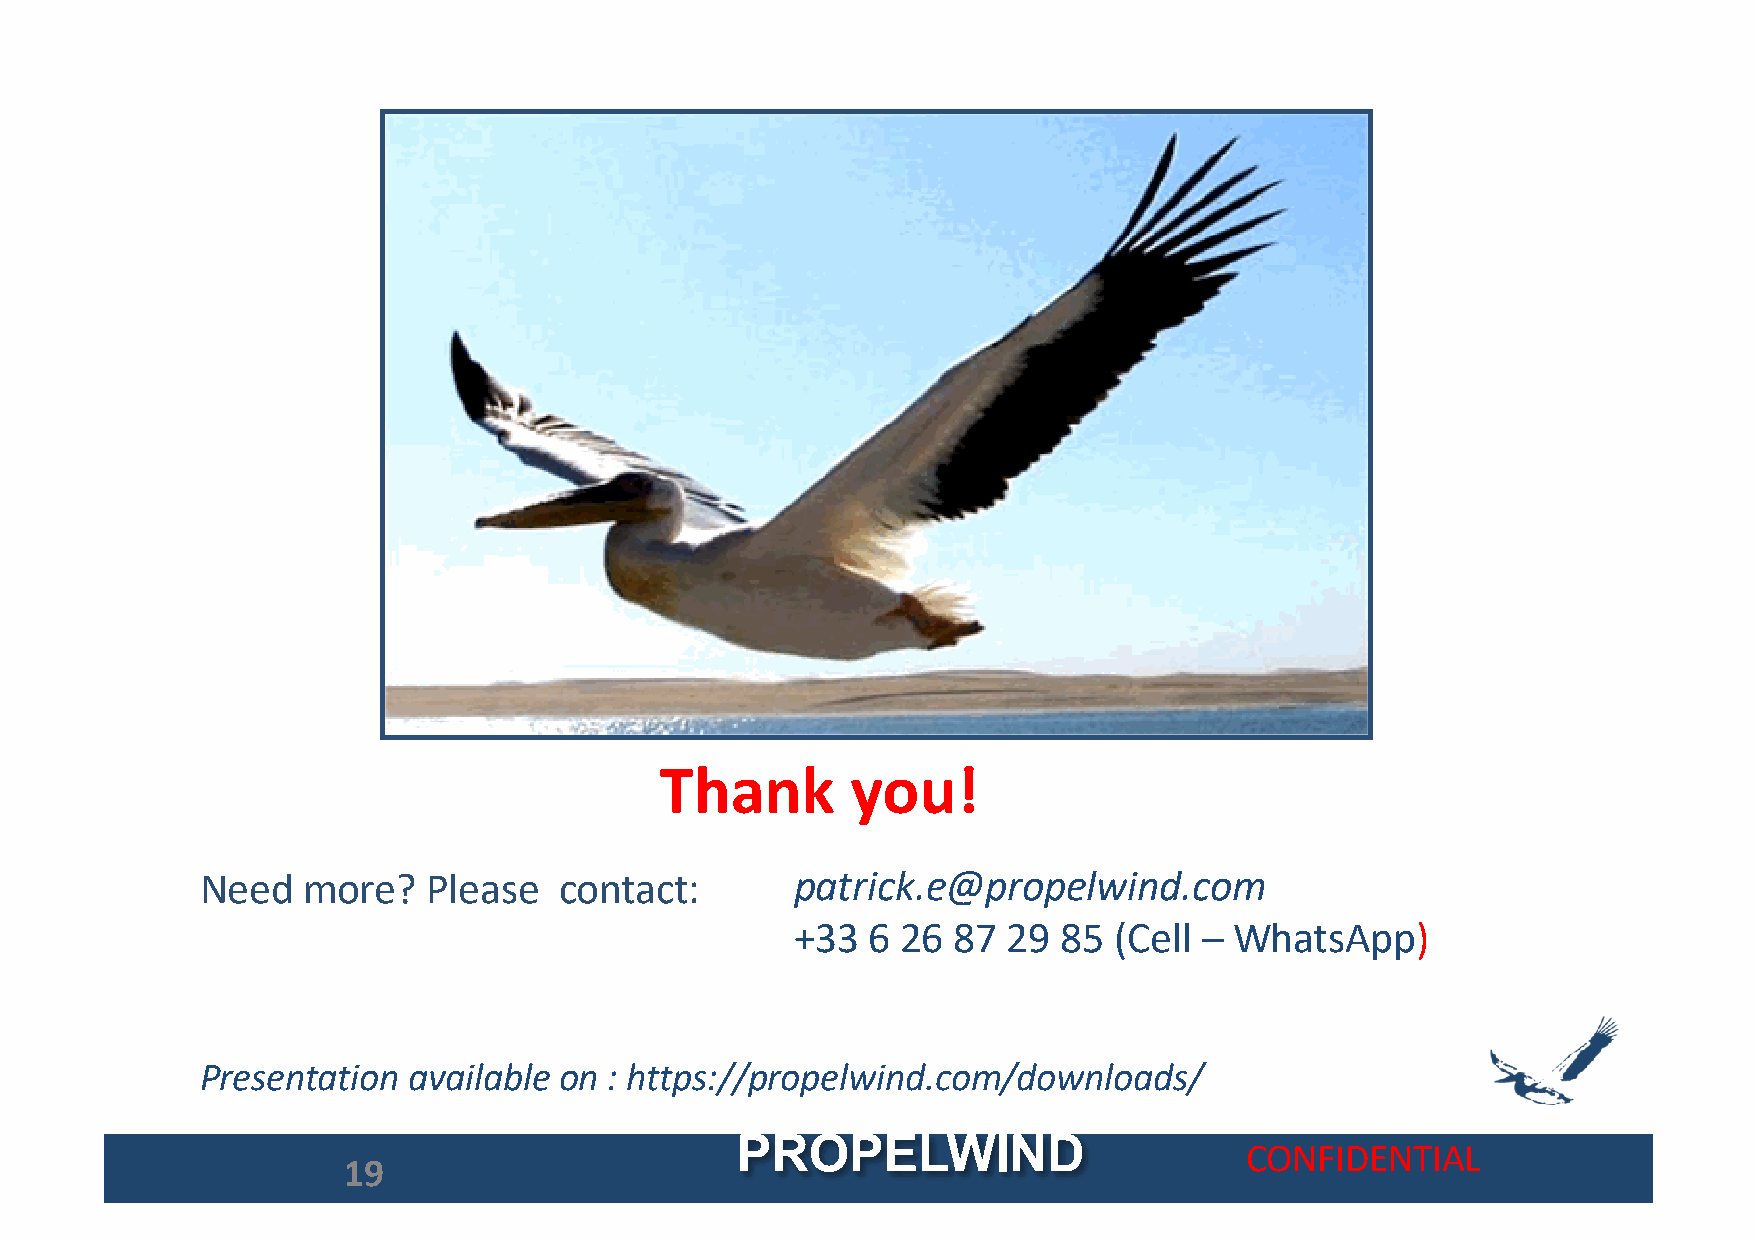
Thank       you!
 Need   more?   Please   contact:        patrick.e@propelwind.com
 +33  6 26 87  29 85  (Cell – WhatsApp)
 Presentation  available on : https://propelwind.com/downloads/
 PROPELWIND
 CONFIDENTIAL
 19